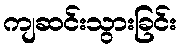
ကျဆင်းသွားခြင်း